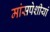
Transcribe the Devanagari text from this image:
मांसपेशीयां